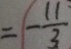
= - \frac { 1 1 } { 3 }